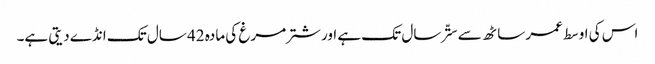
اس کی اوسط عمر ساٹھ سے ستّر سال تک ہے اور شتر مرغ کی مادہ 42 سال تک انڈے دیتی ہے۔